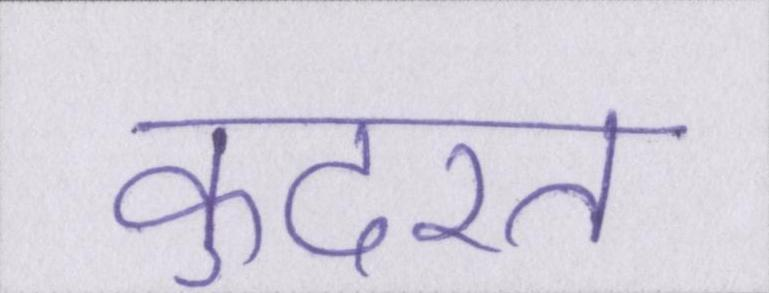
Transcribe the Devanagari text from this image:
कुदरत